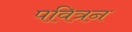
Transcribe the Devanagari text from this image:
पवित्रन